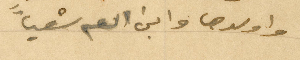
واولدها وابن العم شعيا